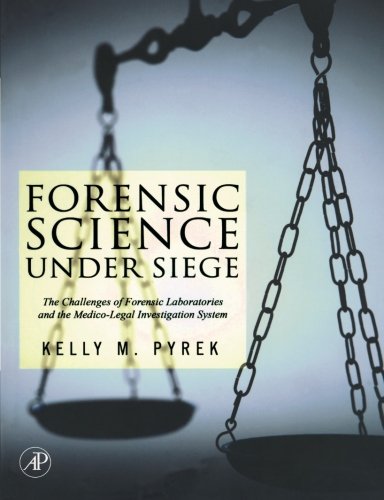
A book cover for Forensic Science Under Siege: The Challenges of Forensic Laboratories and the Medico-Legal Investigation System; Kelly Pyrek; Medical Books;